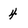
Character: 4